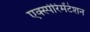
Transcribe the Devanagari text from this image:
एक्स्पेरिमेंटेशन